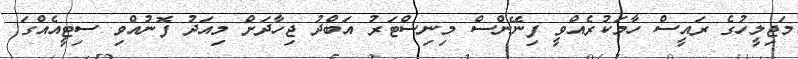
މަޖިލީހުގެ ރައީސް ހާމަކުރެއްވީ ފިނޭންސް މިނިސްޓަރު އަބްދު ޖިހާދަށް މިއަދު ފޮނުއްވި ސިޓީއެއްގަ